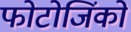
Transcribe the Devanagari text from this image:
फोटोजिंको